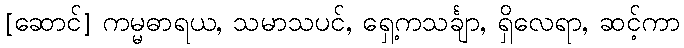
[ဆောင်] ကမ္မဓာရယ, သမာသပင်, ရှေ့ကသင်္ချာ, ရှိလေရာ, ဆင့်ကာ